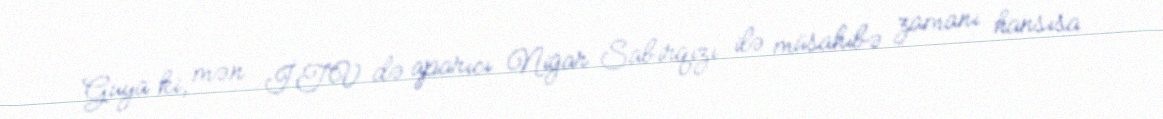
Guya ki, mən İTV də aparıcı Nigar Sabirqızı ilə müsahibə zamanı hansısa